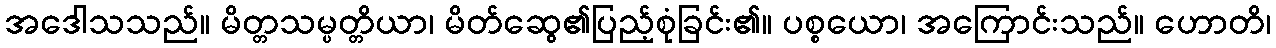
အဒေါသသည်။ မိတ္တသမ္ပတ္တိယာ၊ မိတ်ဆွေ၏ပြည့်စုံခြင်း၏။ ပစ္စယော၊ အကြောင်းသည်။ ဟောတိ၊